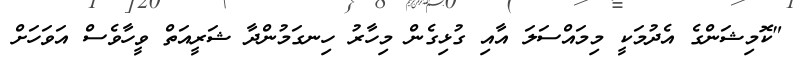
"ކޮމިޝަންގެ އެދުމަކީ މިމައްސަލަ އާއި ގުޅިގެން މިހާރު ހިނގަމުންދާ ޝަރީއަތް ވީހާވެސް އަވަހަށް